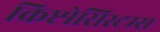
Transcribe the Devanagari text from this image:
क्रिप्टोसिस्टम्स